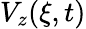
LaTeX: V_{z}(\xi,t)